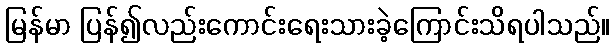
မြန်မာ ပြန်၍လည်းကောင်းရေးသားခဲ့ကြောင်းသိရပါသည်။